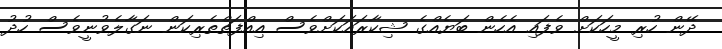
ދޭން ހުރި މީހަކަށް ވެފައި އެހެން ބަޔެއްގެ ޝިކާރައަކަށްވެސް އިއްފަތްތެރިކަން ނަގާލެވުނީވެސް ހުދު